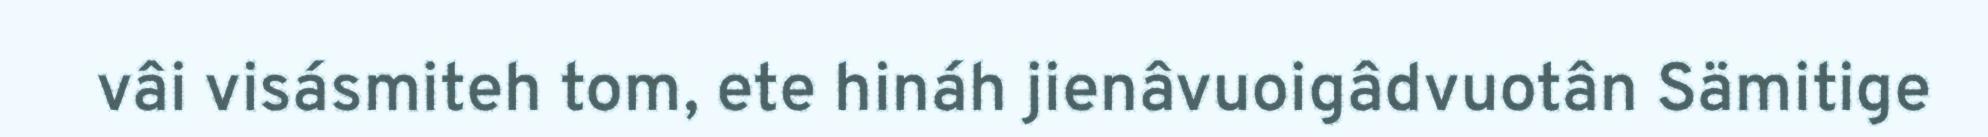
vâi visásmiteh tom, ete hináh jienâvuoigâdvuotân Sämitige